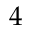
4